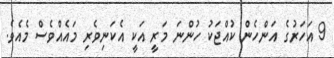
9 އަހަރުގެ އަންހެން ކުއްޖަކު ހުންނަ މަރީ އަކީ އެކަނިވެރި މައެއްވެސް މެއެވެ.